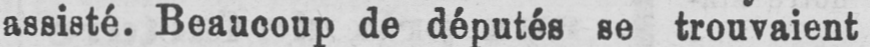
assisté. Beaucoup de députés se trouvaient